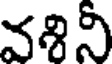
వశినీ